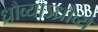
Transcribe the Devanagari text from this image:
ध्रौव्याऽध्रौव्ये